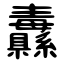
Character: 纛